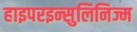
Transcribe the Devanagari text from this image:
हाइपरइन्सुलिनिज्म